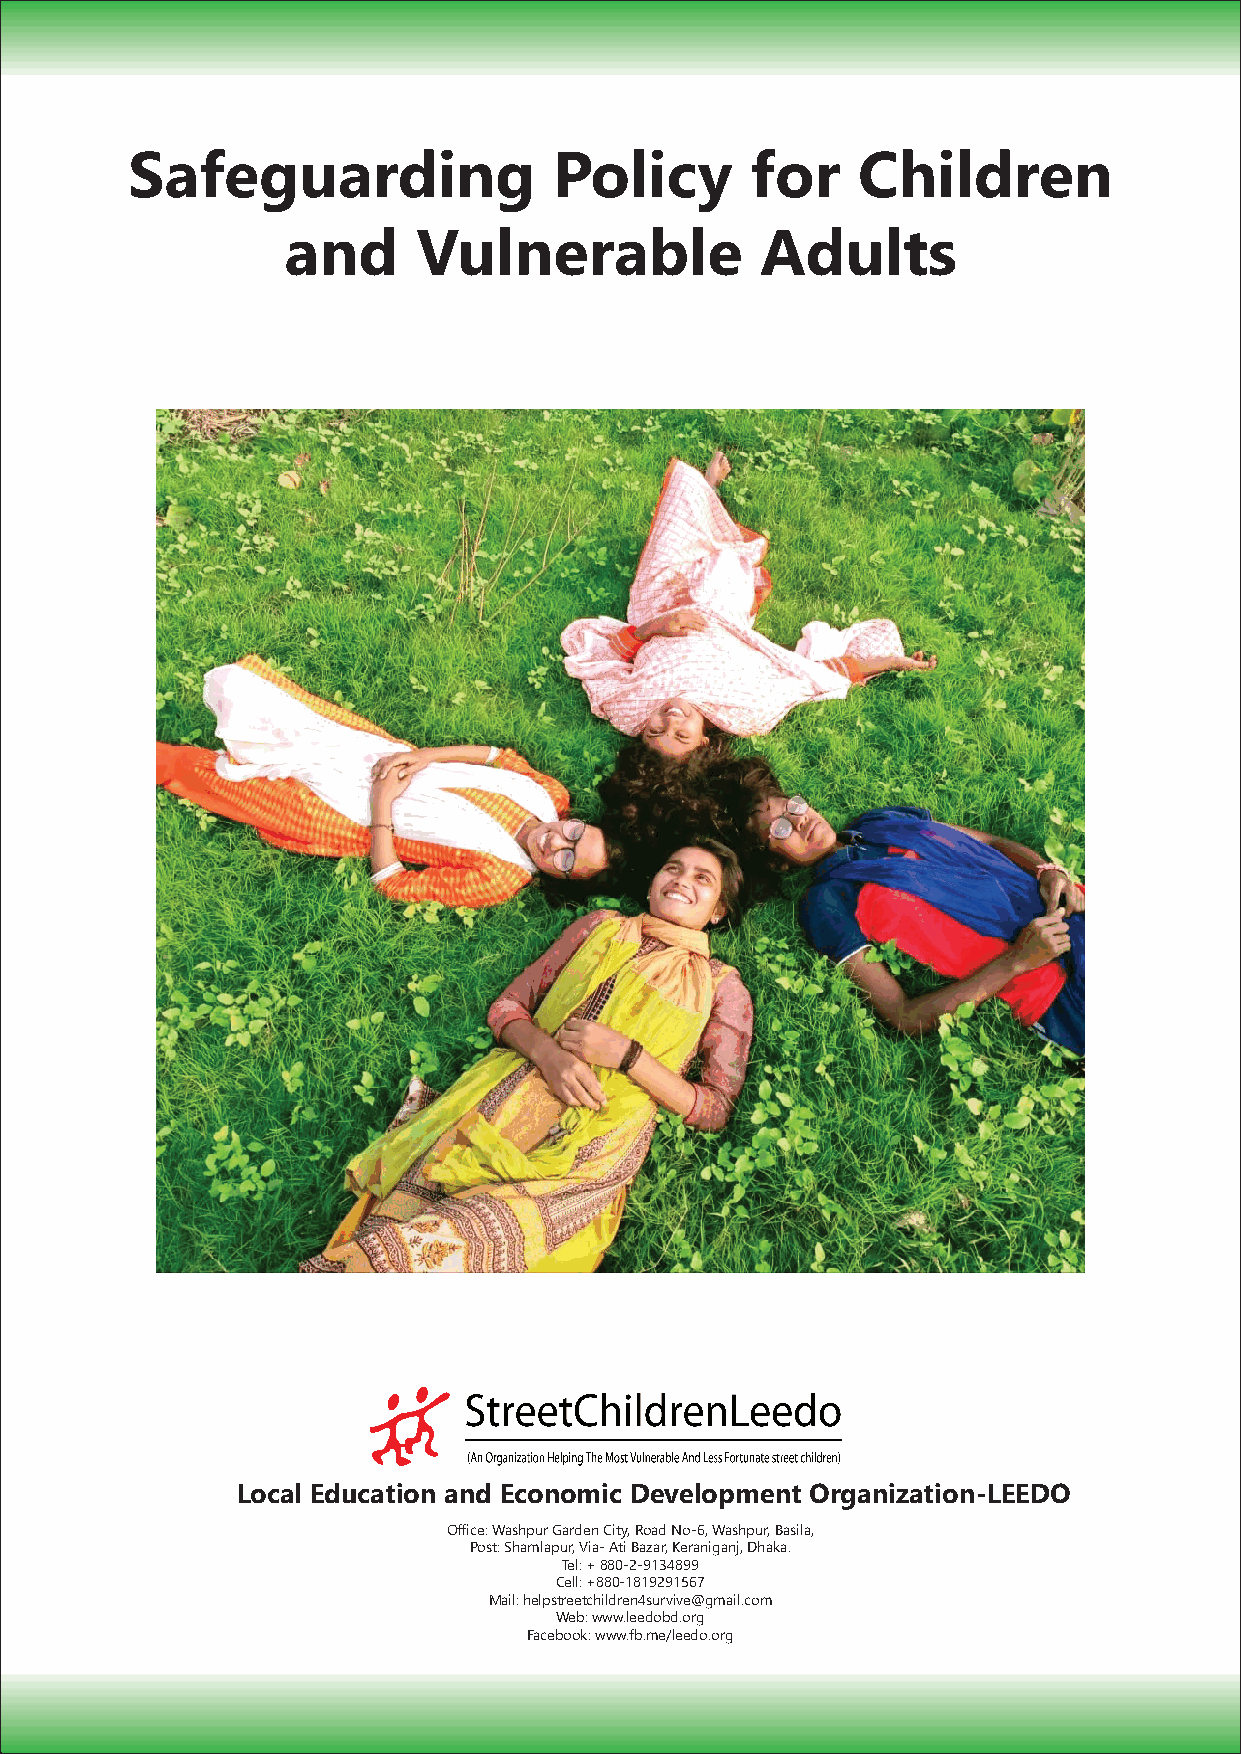
Safeguarding                 Policy       for    Children
 and      Vulnerable            Adults
 Local Education and Economic Development Organization-LEEDO
 Office: Washpur Garden City, Road No-6, Washpur, Basila,
 Post: Shamlapur, Via- Ati Bazar, Keraniganj, Dhaka.
 Tel: + 880-2-9134899
 Cell: +880-1819291567
 Mail: helpstreetchildren4survive@gmail.com
 Web: www.leedobd.org
 Facebook: www.fb.me/leedo.org